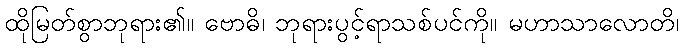
ထိုမြတ်စွာဘုရား၏။ ဗောဓိ၊ ဘုရားပွင့်ရာသစ်ပင်ကို။ မဟာသာလောတိ၊